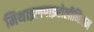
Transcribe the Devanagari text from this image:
मिथाइलपाइरोलीनिअम